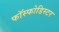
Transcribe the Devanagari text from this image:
फॉस्फोडिस्टर